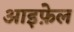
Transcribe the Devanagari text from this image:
आइफ़ेल